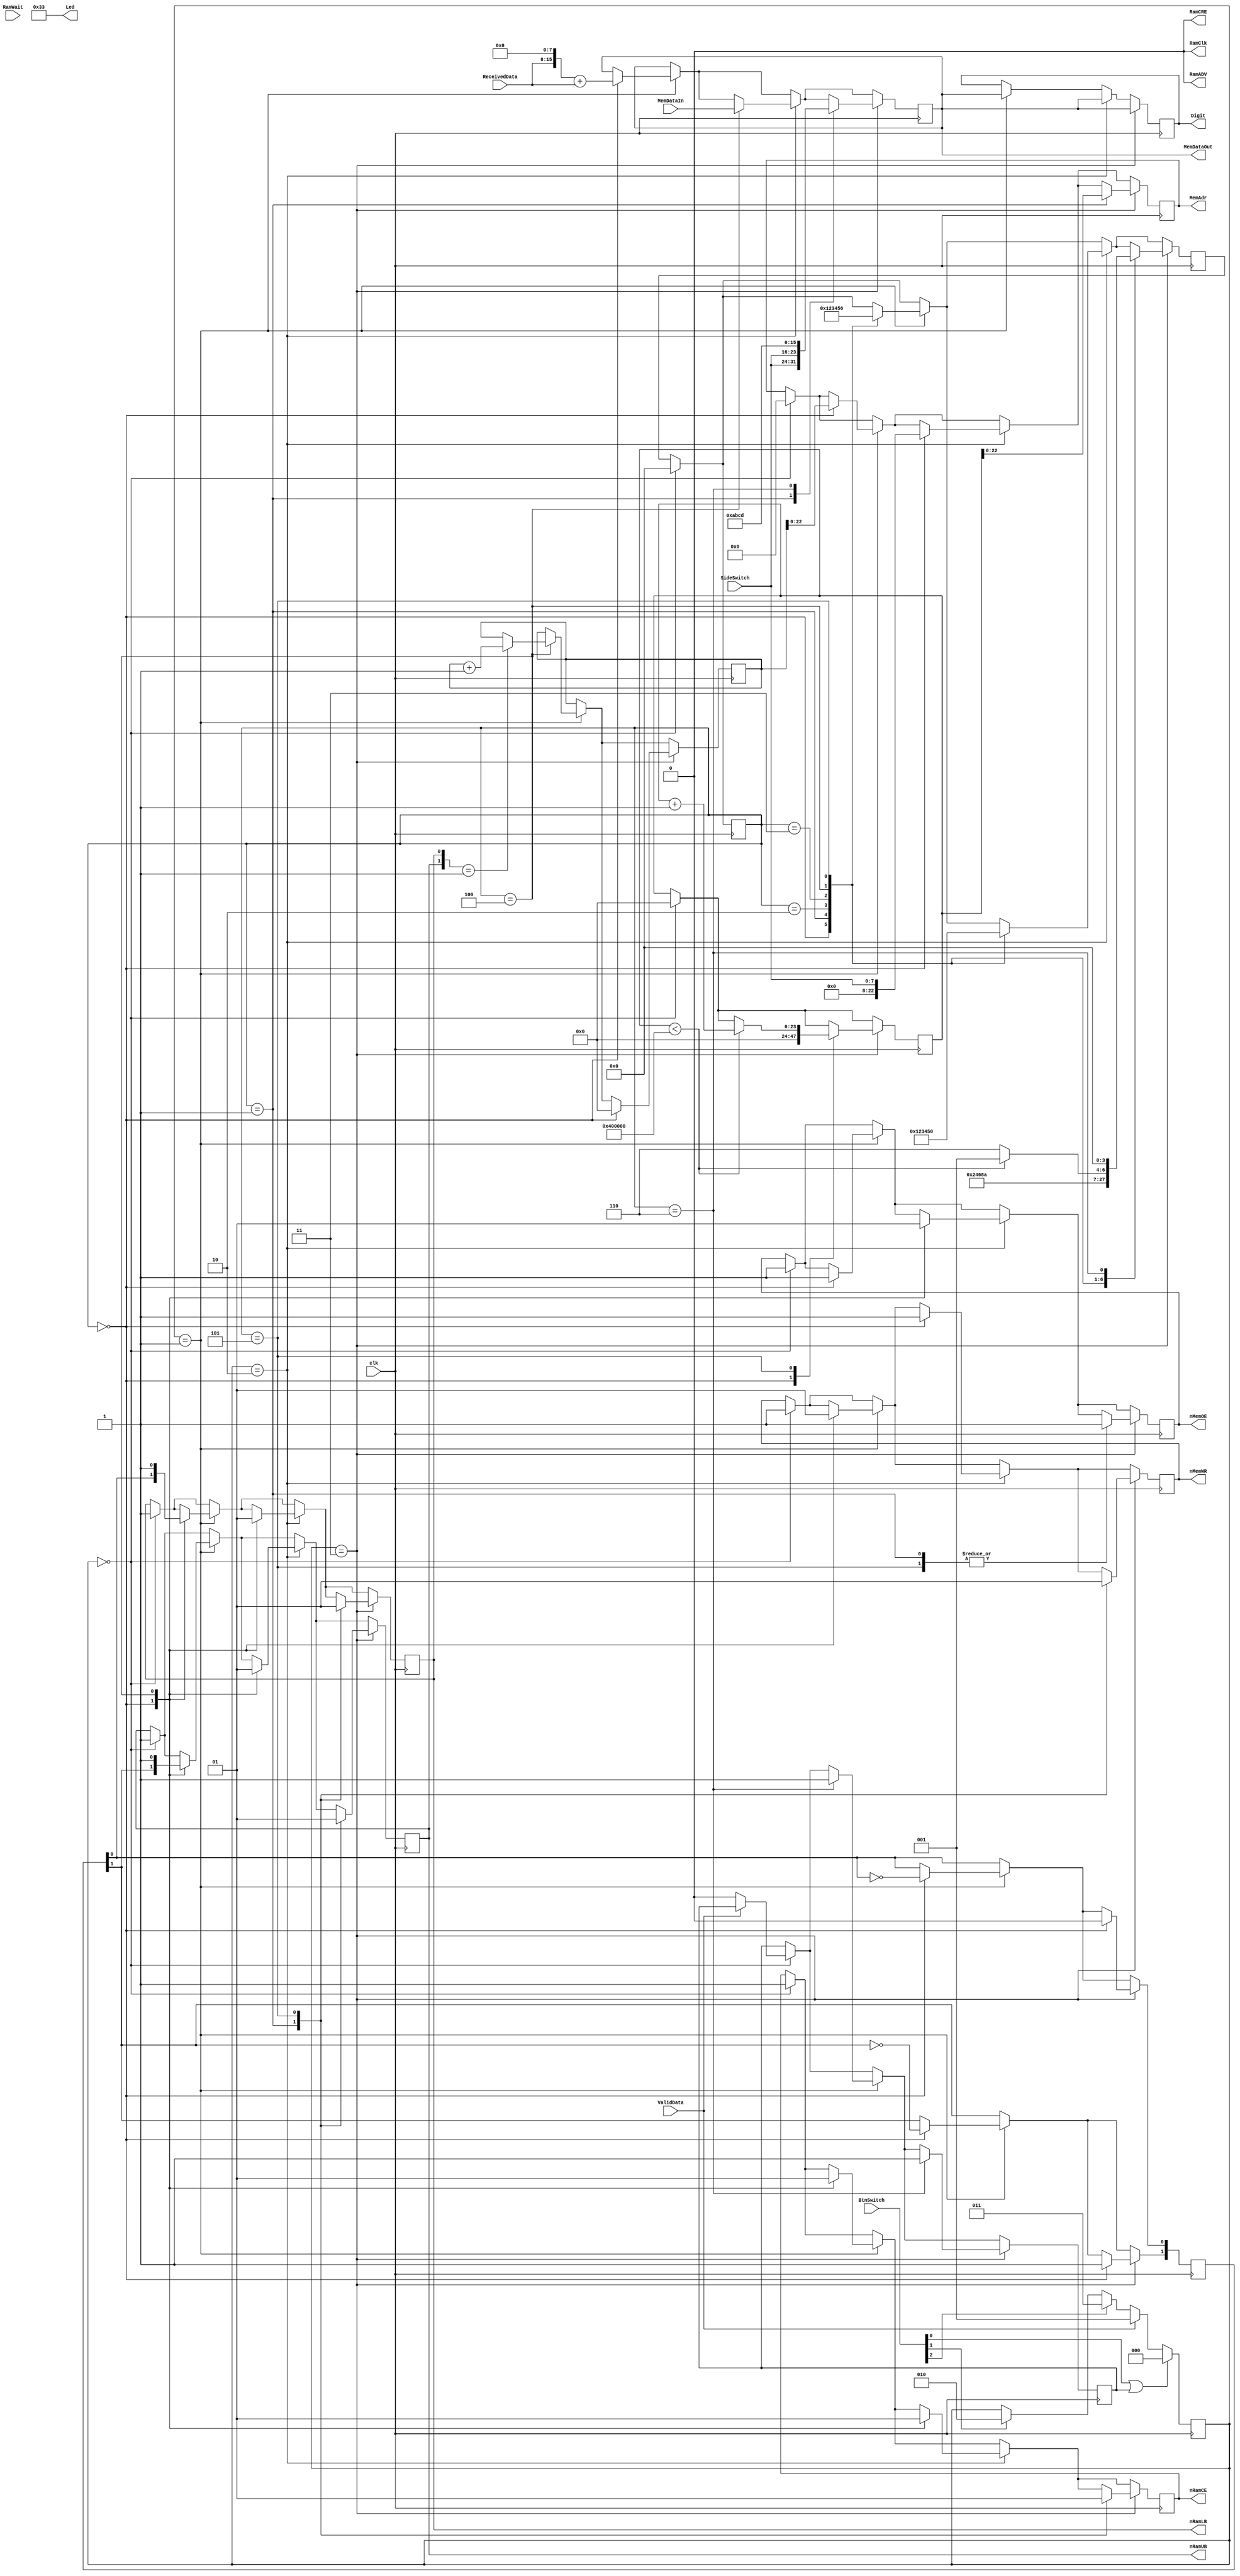
`timescale 1ns / 1ps


module psdram #(
	parameter TRUE  = 1,
	parameter FALSE = 0,
	
	parameter MAX_SIZE = 23'h400000,
	
	parameter STANDBY = 3'b000,
	parameter UART_WRITE = 3'b001,
	parameter CHECK_DATA = 3'b010,
	parameter MEMORY_CLEAR = 3'b011,

	parameter STATE0 = 4'b0000,
	parameter STATE1 = 4'b0001,
	parameter STATE2 = 4'b0010,
	parameter STATE3 = 4'b0011,
	parameter STATE4 = 4'b0100,
	parameter STATE5 = 4'b0101,
	parameter STATE6 = 4'b0110,
	parameter STATE7 = 4'b0111
)
(
	input	       clk,				// 50 MHz input
	input  [7:0] SideSwitch,
	input  [3:0] BtnSwitch,
	output [7:0] Led,
	
	// PSDRAM
	output reg nRamCE,			// chip enable
	output reg nMemOE,			// output enable
	output reg nMemWR,			// write enable
	output reg nRamLB, 			// lower byte
	output reg nRamUB, 			// upper byte
	output reg [23:1] MemAdr,
	input  	  [15:0] MemDataIn,
	output 	  [15:0] MemDataOut,	
	
	// UART  
	input 		  ValidData,		// RS232   . Active High
	input  [7:0]  ReceivedData,	//  
	
	// 7-Segment
	output reg [15:0] Digit,
	
	//   
	output	 	  RamADV,			// Address valid, active Low	
	output	     RamClk,			// clock
	output	  	  RamCRE,			// Control Register Enable	
	input			  RamWait			// wait. Disregard this signal in async/page mode
   );
	
	// ********** READ/WRITE    *********//
	
	reg   [2:0]  Transaction;
	reg	[3:0]  NextPhase, CurrentPhase; // ,  		
	
	reg	[15:0] DataLatch; // PSDRAM    .
	
	// UART WRITE
	reg   		 DataWriteComplete; //   1 .
	reg   [23:0] UsedAdrCnt;		  //  Adr .    .
	reg 	[1:0]	 nBE_Write;			  // Byte Enable. Upper  Lower  
	
	// Memory Clear
	reg   [23:0] CurrentAdr;		  //Data Read .
	
	// *********************************************//
	

	
	initial begin		
		MemAdr = 0;
		nRamCE = 1;		// Deactivate
		nMemOE = 1;		// Deactivate
		nMemWR = 1;		// Deactivate
		nRamLB = 1;		// Deactivate
		nRamUB = 1; 	// Deactivate
		
		Transaction  = STANDBY;
		CurrentPhase = STATE0;
		NextPhase    = STATE0;		
		Digit        = 16'h1234;
		DataLatch    = 16'h1234;
		
		//Write
		UsedAdrCnt = 0;			//      .
		nBE_Write = 2'b10;		//  Upper/Lower    
		DataWriteComplete = 0;  //    1 
		
		//Memory Clear
		CurrentAdr = 0;
	end

	always @(posedge clk) begin
		if (Transaction == STANDBY)
			CurrentPhase <= STATE0;
		else
			CurrentPhase <= NextPhase;
	end
	
	// Check Transaction selction
	always @(posedge clk)
	begin
		if(BtnSwitch[0]==TRUE || DataWriteComplete == TRUE) begin 
			Transaction <= STANDBY;	
		end
		else begin
			if(BtnSwitch[1]==TRUE) begin Transaction <= CHECK_DATA; end   // DipSwitch   
			if(BtnSwitch[2]==TRUE) begin Transaction <= MEMORY_CLEAR; end // PSDRAM DipSwtich   UsedAdrCnt 0 
			if(ValidData == TRUE) begin Transaction <= UART_WRITE; end 	  // RS232   PSDRAM .		
		end
	end

	always @(negedge clk) begin

			if (Transaction == STANDBY) 
				begin
					nRamCE <= 1;		// Deactivate
					nMemOE <= 1;		// Deactivate
					nMemWR <= 1;		// Deactivate
					nRamLB <= 1;		// Deactivate
					nRamUB <= 1; 		// Deactivate
					MemAdr <= 0;
					NextPhase <= STATE0;
					
					if(ValidData == 0)
						DataWriteComplete <= 0;
					
					CurrentAdr <= 0;
				end // end of STANDBY
				
			if (Transaction == UART_WRITE) begin
				Digit <= DataLatch;
				
				case(CurrentPhase)
					STATE0 : begin
						MemAdr <= UsedAdrCnt;
						
						nRamCE <= 0;
						nMemOE <= 1;
						nMemWR <= 0;
						{nRamUB, nRamLB} <= nBE_Write;
						
						// nBE_Write <= ~nBE_Write;     nBE_Write    
						nBE_Write[0] <= ~nBE_Write[0];
						nBE_Write[1] <= ~nBE_Write[1];
						
						DataLatch <= (ReceivedData << 8) + ReceivedData;//DATA
						
						NextPhase <= STATE1;
					end
					STATE1 : begin NextPhase <= STATE2; end // Delay(60ns)
					STATE2 : begin NextPhase <= STATE3; end // 
					STATE3 : begin NextPhase <= STATE4; end //
					STATE4 : begin
						
						// /     1 
						if({nRamUB, nRamLB} == 2'b01) begin 						
							UsedAdrCnt <= UsedAdrCnt + 1;						
						end

						nRamCE <= 1;
						nMemWR <= 1;
						nRamUB <= 1;
						nRamLB <= 1;
						
						NextPhase <= STATE5;
					end
					STATE5 : begin // Delay 20ns
						NextPhase <= STATE6; 
					end
					STATE6 : begin 
						DataWriteComplete <= 1; //    STANDBY  .
					end
					
					endcase
				
			end // end of UART_WRITE
			
			if(Transaction == CHECK_DATA) begin
				Digit <= DataLatch;
				case(CurrentPhase)
					STATE0 :
						begin
							MemAdr <= SideSwitch;
							nRamCE <= 0;
							nMemOE <= 0;
							nMemWR <= 1;
							{nRamUB, nRamLB} <= 2'b00;
					
							NextPhase <= STATE1;
						end
					STATE1 : begin NextPhase <= STATE2; end	// +60ns delay
					STATE2 : begin NextPhase <= STATE3; end	// 
					STATE3 : begin NextPhase <= STATE4; end	// 
					STATE4 : begin					
						DataLatch <= MemDataIn;
						
						nRamCE <= 1;
						nMemOE <= 1;					
						nRamUB <= 1;
						nRamLB <= 1;
						
						NextPhase <= STATE5;						
					end
					STATE5 : begin
						NextPhase <= STATE0;					
					end					
					
				endcase
			end // end of CHECK_DATA
			
			if(Transaction == MEMORY_CLEAR) begin
				Digit <= DataLatch;
				
				case(CurrentPhase)
					STATE0 : 
						begin
							UsedAdrCnt <= 0;
							CurrentAdr <= 0;
							nBE_Write <= 2'b10;
							
							NextPhase <= STATE1;					
						end
					STATE1 :
						begin
							MemAdr <= CurrentAdr;
							nRamCE <= 0;
							nMemOE <= 1;
							nMemWR <= 0;
							{nRamUB, nRamLB} <= 2'b00;
							DataLatch <= {SideSwitch, SideSwitch};
							
							NextPhase <= STATE2;
						end
					STATE2 : begin NextPhase <= STATE3; end // +60ns delay
					STATE3 : begin NextPhase <= STATE4; end //
					STATE4 : begin NextPhase <= STATE5; end //
					STATE5 : 
						begin
							if(CurrentAdr < MAX_SIZE) begin
								CurrentAdr <= CurrentAdr + 1;
								NextPhase <= STATE1;
							end
							else
								NextPhase <= STATE6;
								
							nRamCE <= 1;
							nMemOE <= 1;
							nMemWR <= 1;
							{nRamUB, nRamLB} <= 2'b11;
						end
					STATE6 : 
						begin
							DataLatch <= 16'hABCD;
							DataWriteComplete <= 1;
							
							NextPhase <= STATE0;
						end
					endcase			
				end // end of MEMORY_CLEAR
	end
	
	assign Led = 8'b00110011;
	
	assign MemDataOut = DataLatch;
	
	assign RamCRE = 0;		// Never write to configuation register
	assign RamADV = 0;		// Make address signals always valid.	
	assign RamClk = 0;		// Use only async/page mode.	

endmodule